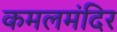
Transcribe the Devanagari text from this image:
कमलमंदिर